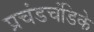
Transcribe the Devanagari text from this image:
प्रचंडचंडिके